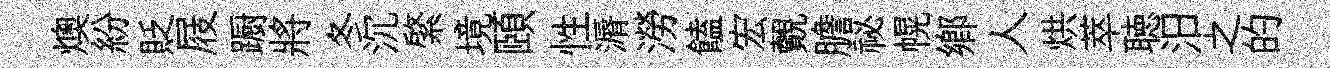
燠紛貶屐蹰將冬沉綮境頤性漘澇饁宏覿膽祕幌鄕人烘萃聴汨之的